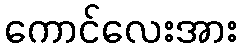
ကောင်လေးအား